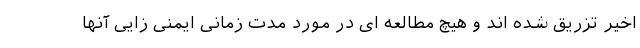
اخیر تزریق شده اند و هیچ مطالعه ای در مورد مدت زمانی ایمنی زایی آنها